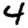
Digit: 4